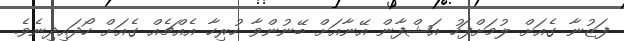
ފަޒުނާ ގެއަށް ލުމަށްފަހު އަޝްފާން އޭނާއަށް ބޭނުންވާ ހުރިހާ އެއްޗެއް ގެއަށް ހޯދައިދިނެވެ.